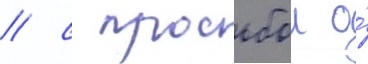
/ с просьбои о́